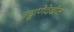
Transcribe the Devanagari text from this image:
उड्डाणेदेखील